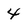
Character: 4